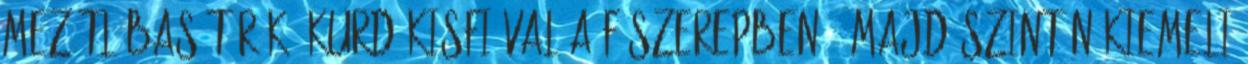
mezítlábas török kurd kisfiúval a főszerepben , majd szintén kiemeli